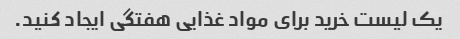
یک لیست خرید برای مواد غذایی هفتگی ایجاد کنید.